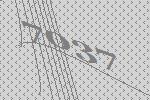
7037